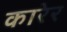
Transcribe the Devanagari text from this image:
कारेर